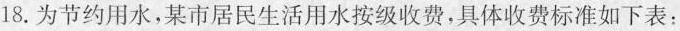
18.为节约用水，某市居民生活用水按级收费，具体收费标准如下表：